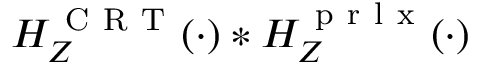
H _ { Z } ^ { \mathrm { ~ C ~ R ~ T ~ } } ( \cdot ) * H _ { Z } ^ { \mathrm { ~ p ~ r ~ l ~ x ~ } } ( \cdot )